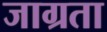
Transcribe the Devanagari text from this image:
जाग्रता